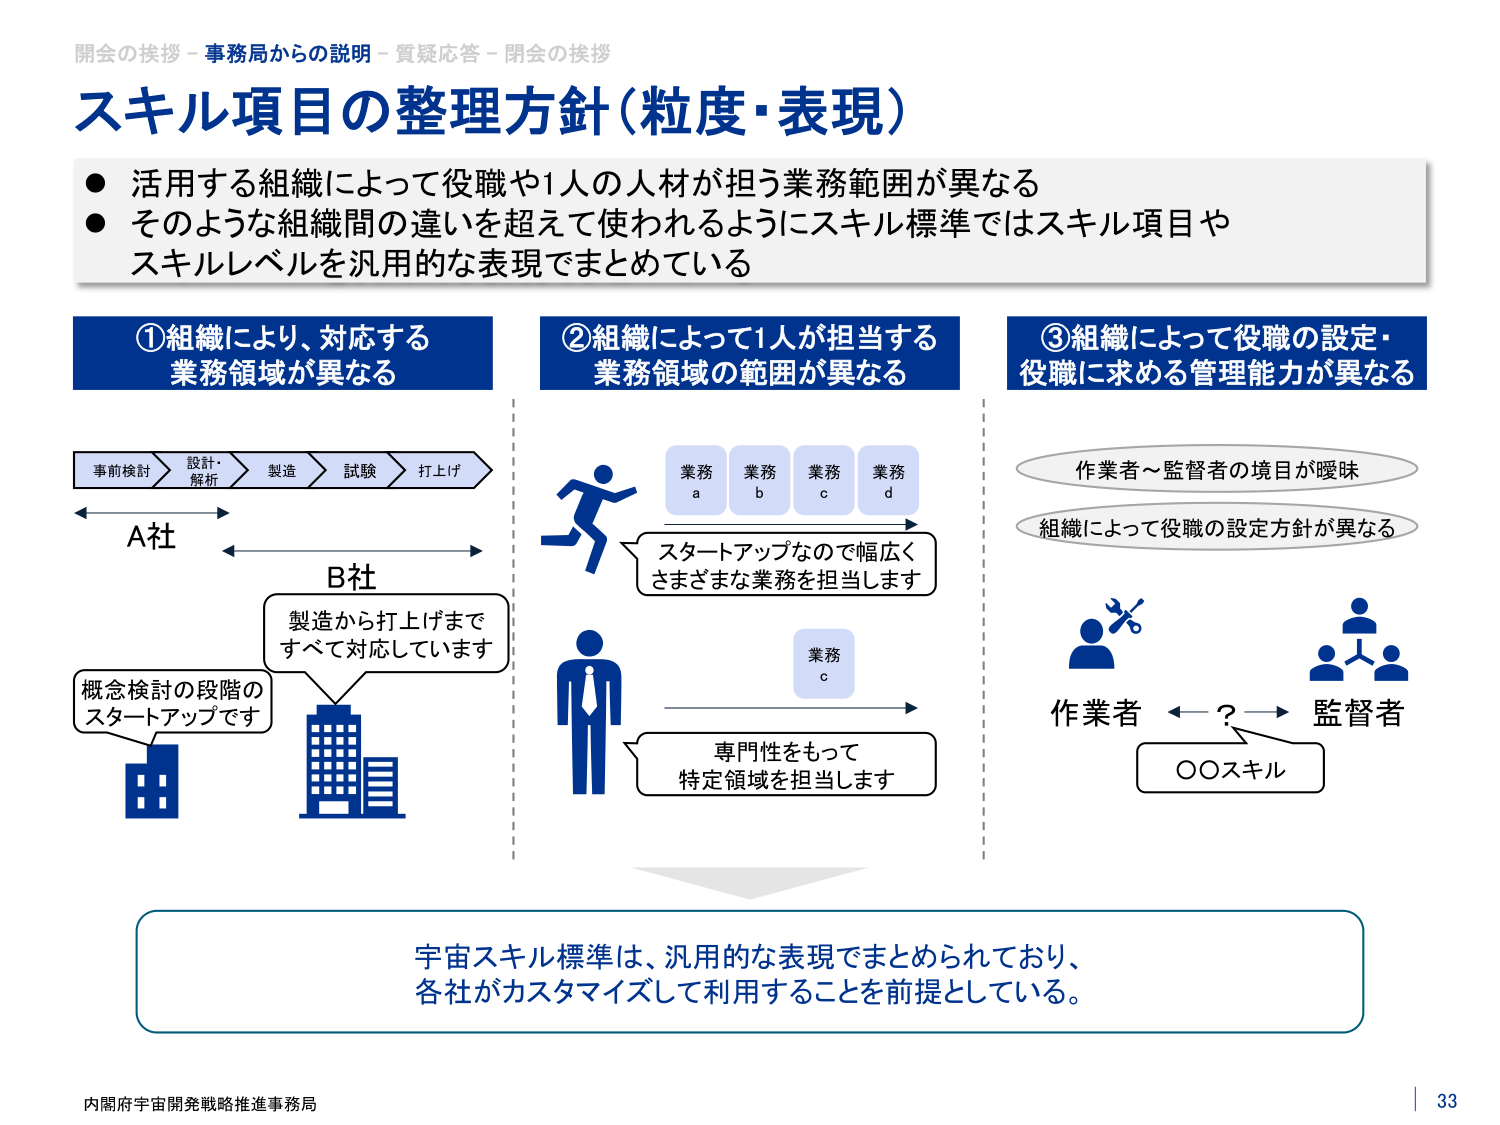
開会の挨拶 - 事務局からの説明 - 質疑応答 - 閉会の挨拶
スキル項目の整理方針（粒度・表現）
● 活用する組織によって役職や1人の人材が担う業務範囲が異なる
● そのような組織間の違いを超えて使われるようにスキル標準ではスキル項目や
スキルレベルを汎用的な表現でまとめている

①組織により、対応する
業務領域が異なる
事前検討 → 設計・解析 → 製造 → 試験 → 打上げ
A社
B社
製造から打上げまで
すべて対応しています
概念検討の段階の
スタートアップです

②組織によって1人が担当する
業務領域の範囲が異なる
業務a 業務b 業務c 業務d
スタートアップなので幅広く
さまざまな業務を担当します
業務c
専門性をもって
特定領域を担当します

③組織によって役職の設定・
役職に求める管理能力が異なる
作業者～監督者の境目が曖昧
組織によって役職の設定方針が異なる
作業者 ←?→ 監督者
○○スキル

宇宙スキル標準は、汎用的な表現でまとめられており、
各社がカスタマイズして利用することを前提としている。

内閣府宇宙開発戦略推進事務局
33